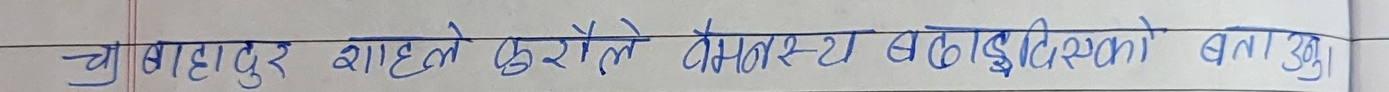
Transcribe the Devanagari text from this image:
च बहादुर शाहले कुरैले मनस्थित बढाईदिएको बताउनु।